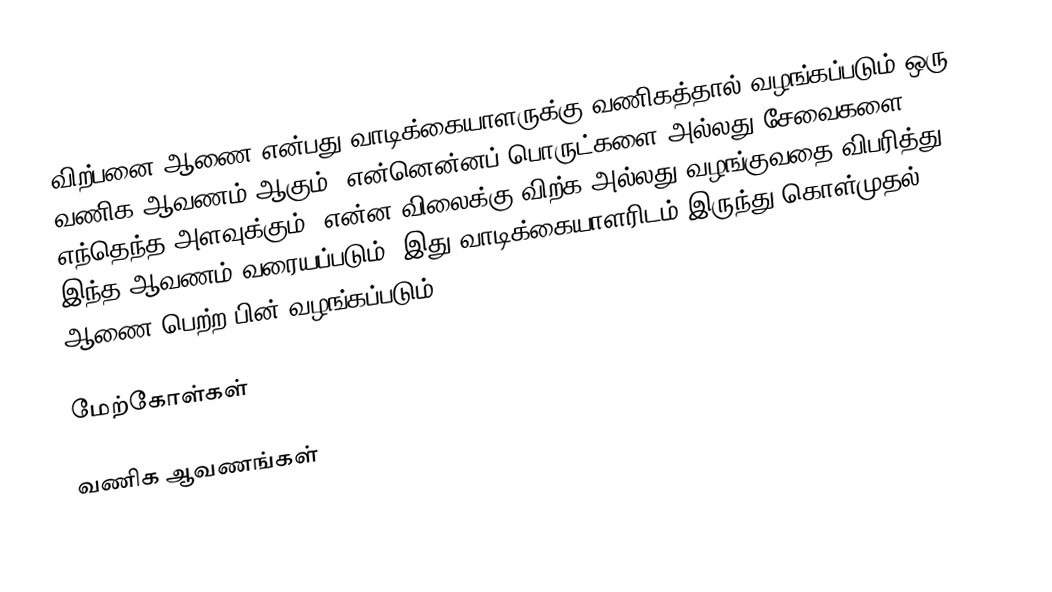
விற்பனை ஆணை என்பது வாடிக்கையாளருக்கு வணிகத்தால் வழங்கப்படும் ஒரு வணிக ஆவணம் ஆகும். என்னென்னப் பொருட்களை அல்லது சேவைகளை, எந்தெந்த அளவுக்கும், என்ன விலைக்கு விற்க அல்லது வழங்குவதை விபரித்து இந்த ஆவணம் வரையப்படும். இது வாடிக்கையாளரிடம் இருந்து கொள்முதல் ஆணை பெற்ற பின் வழங்கப்படும்.

மேற்கோள்கள்

வணிக ஆவணங்கள்